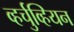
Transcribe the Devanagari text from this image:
व्हर्चुव्हियन